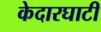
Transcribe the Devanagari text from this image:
केदारघाटी